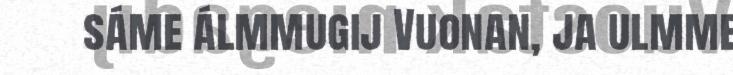
sáme álmmugij Vuonan, ja ulmme